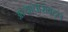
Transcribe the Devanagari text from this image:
अत्याचारांबद्दल